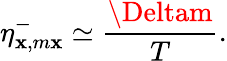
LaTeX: {\eta}_{\mathbf{x},m\mathbf{x}}^{-}\simeq\frac{{\Deltam}}{{T}}.